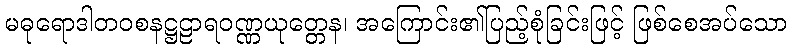
မဓုရောဒါတဝစနဋ္ဌဠာရဝဏ္ဏယုတ္တေန၊ အကြောင်း၏ပြည့်စုံခြင်းဖြင့် ဖြစ်စေအပ်သော